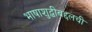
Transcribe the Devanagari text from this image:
भाषाशुद्धीबद्दलची